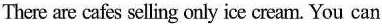
There are cafes selling only ice cream. You can